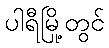
ပါရီမြို့တွင်